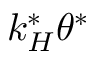
k _ { H } ^ { * } \theta ^ { * }